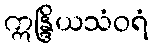
ဣန္ဒြိယသံဝရံ